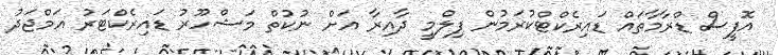
އޮފީސް ޑްރާމާތައް ޑައިރެކްޓްކުރަމުން ފިލްމީ ދާއިރާ އަށް ނުކުތް މަޝްހޫރު ޑައިރެކްޓަރު އަމްޖަދު